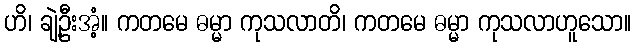
ဟိ၊ ချဲ့ဦးအံ့။ ကတမေ ဓမ္မာ ကုသလာတိ၊ ကတမေ ဓမ္မာ ကုသလာဟူသော။